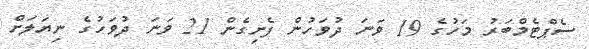
ސެޕްޓެމްބަރު މަހުގެ 19 ވަނަ ދުވަހުން ފެށިގެން 21 ވަނަ ދުވަހުގެ ނިޔަލަށް